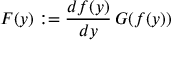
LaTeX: F ( y ) : = \frac { d f ( y ) } { d y } \, G ( f ( y ) )